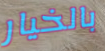
بالخيار